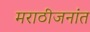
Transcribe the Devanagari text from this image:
मराठीजनांत